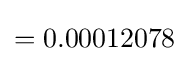
=0.00012078